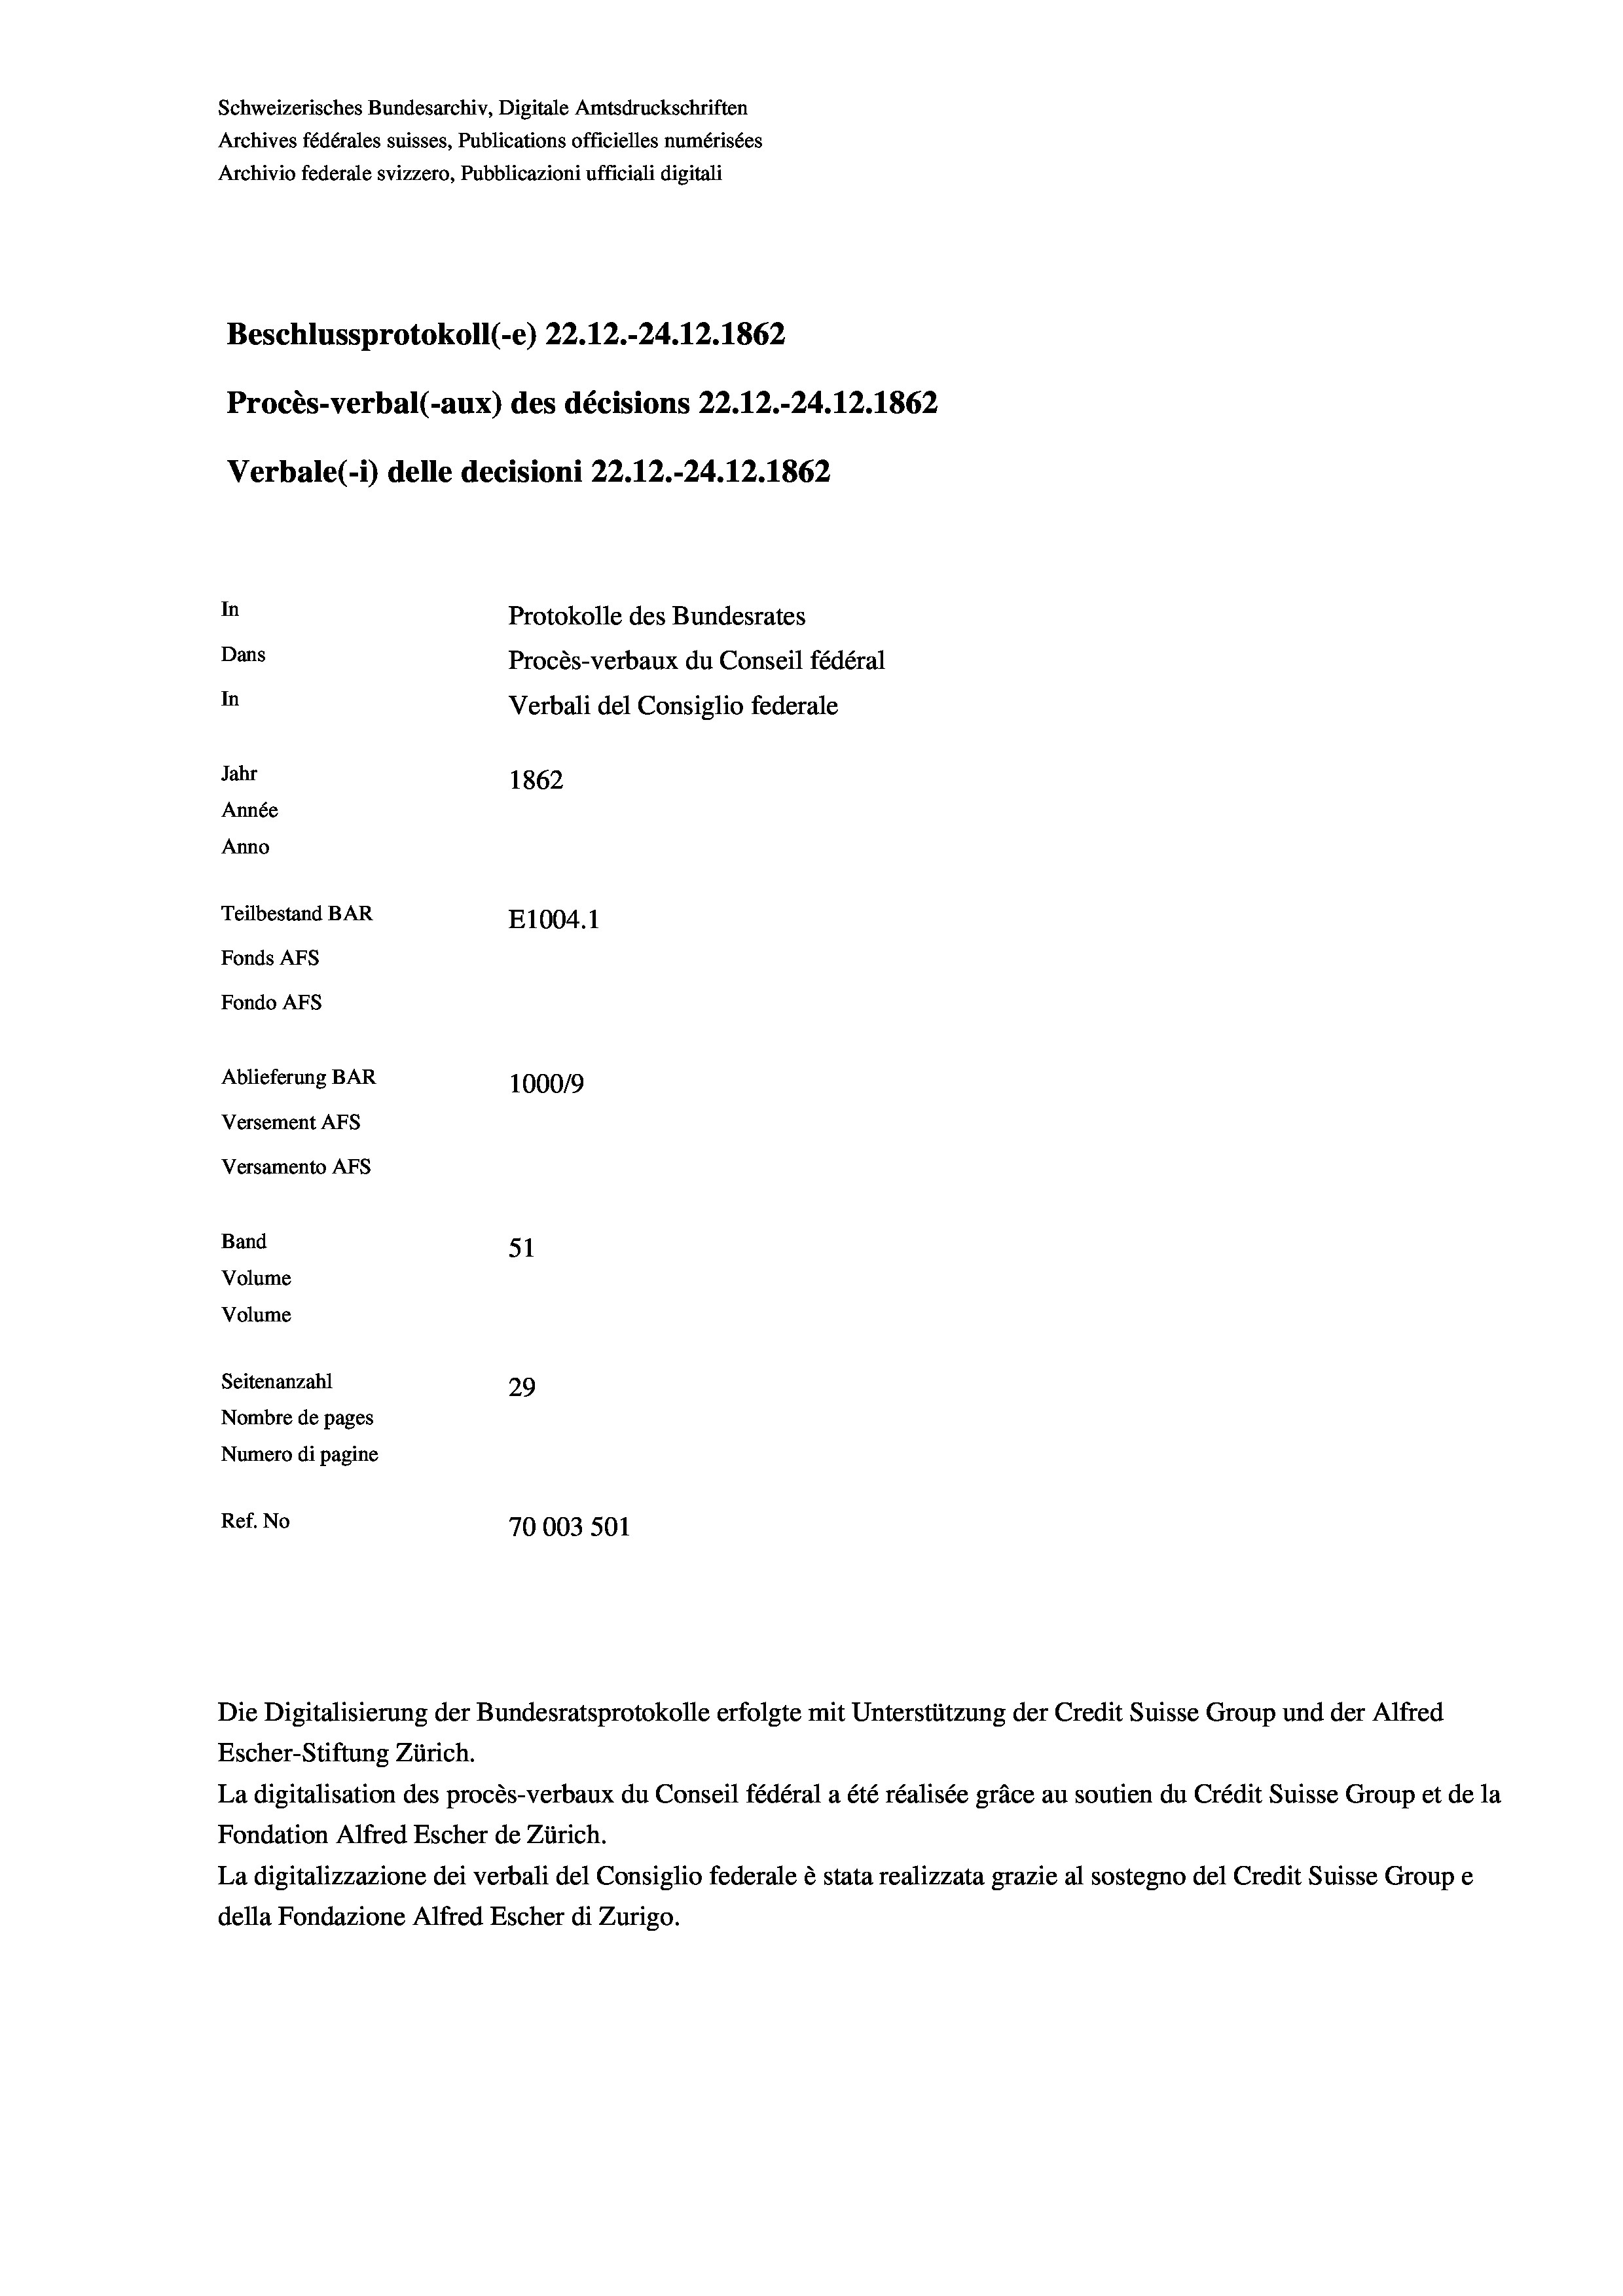
Beschlussprotokoll (-e) 22.12.-24.12.1862
Procès-verbal (-aux) des décisions 22.12.-24.12.1862
Verbale (1) delle decisioni 22.12.-24.12.1862
In
Protokolle des Bundesrates
Dans
Procès-verbaux du Conseil fédéral
In
Verbali del Consiglio federale
Jahr
1862
Année
Anno
Teilbestand BAR
E1004. 1
Fonds AFs
Fondo AFS
Ablieferung BAR
100019
Versement AFs
Versamento Afs

Band

Volume
Volume
Seitenanzahl

Schweizerisches Bundesarchiv, Digitale Amtsdruckschriften
Archives fédérales suisses, Publications officielles numérisées
Archivio federale svizzero, Pubblicazioni ufficiali digitali

51
29
Nombre de pages
Numero di pagine
Ref. No
70003 501

Escher-Stiftung Zürich.
La digitalisation des procès-verbaux du Conseil fédéral a été réalisée gräce au soutien du Crédit Suisse Group et de la
Fondation Alfred Escher de Zürich.
La digitalizzazione dei verbali del Consiglio federale è stata realizzata grazie al sostegno del Credit Suisse Groupe
della Fondazione Alfred Escher di Zurigo.

Die Digitalisierung der Bundesratsprotokolle erfolgte mit Unterstützung der Credit Suisse Group und der Alfred